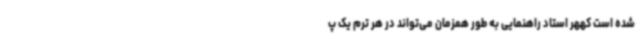
شده است کههر استاد راهنمایی به طور همزمان می‌تواند در هر ترم یک پ